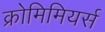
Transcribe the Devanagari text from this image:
क्रोमिमियर्स